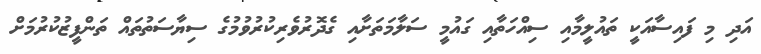
އަދި މި ފައިސާއަކީ ތައުލީމާއި ސިއްހަތާއި ގައުމީ ސަލާމަތަށާއި ގެދޮރުވެރިކުރުވުމުގެ ސިޔާސަތުތައް ތަންފީޒުކުރުމަށް